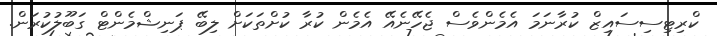
ކްރިޓިސިސައިޒް ކުރާނަމަ އެމެންވެސް ޖެހޭނެއޭ އެމެން ކުރާ ކުށްތަކަށް ލިބޭ ޕަނިޝްމެންޓް ގަބޫލުކުރަން.